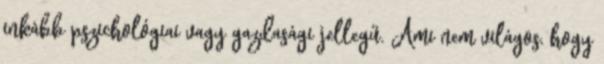
inkább pszichológiai vagy gazdasági jellegű. Ami nem világos, hogy